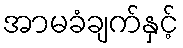
အာမခံချက်နှင့်